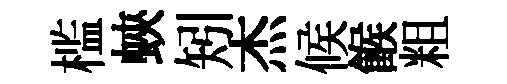
槛蛺矧杰候餱粗